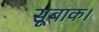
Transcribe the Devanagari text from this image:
सूबाक।